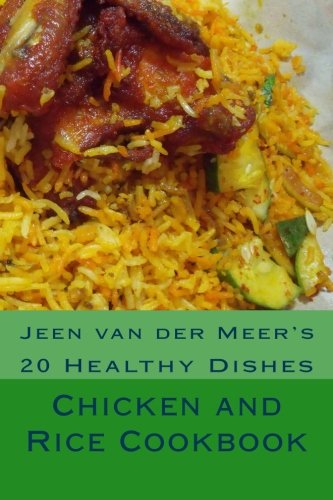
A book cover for Chicken and Rice Cookbook: 20 Healthy Dishes (Jeen's Favorite Rice Recipes); Mr Jeen van der Meer; Cookbooks, Food & Wine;